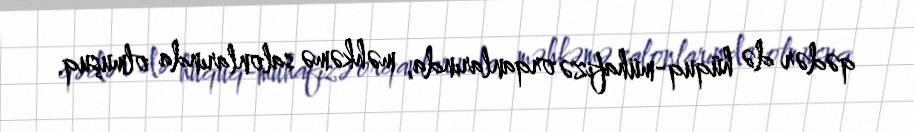
qədər də hüquq-mühafizə orqanlarında, məhkəmə salonlarında olmuşuq.